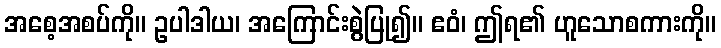
အစေ့အစပ်ကို။ ဥပါဒါယ၊ အကြောင်းစွဲပြု၍။ ဧဝံ၊ ဤရ၏ ဟူသောစကားကို။